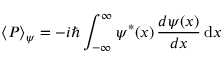
\langle P \rangle _ { \psi } = - i \hbar \int _ { - \infty } ^ { \infty } \psi ^ { \ast } ( x ) \, { \frac { d \psi ( x ) } { d x } } \, \mathrm { d } x